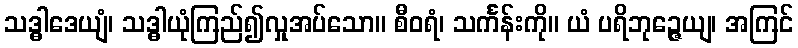
သဒ္ဓါဒေယျံ၊ သဒ္ဓါယုံကြည်၍လှုအပ်သော။ စီဝရံ၊ သင်္ကန်းကို။ ယံ ပရိဘုဉ္ဇေယျ၊ အကြင်